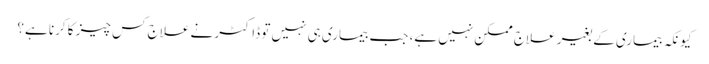
کیونکہ بیماری کے بغیر علاج ممکن نہیں ہے، جب بیماری ہی نہیں تو ڈاکٹر نے علاج کس چیز کا کرنا ہے؟